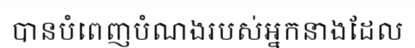
បានបំពេញបំណងរបស់អ្នកនាងដែល